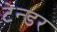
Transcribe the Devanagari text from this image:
टेन्‍डर